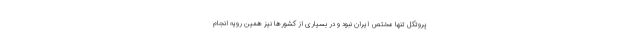
پروتکل تنها مختص ایران نبود و در بسیاری از کشورها نیز همین رویه انجام